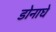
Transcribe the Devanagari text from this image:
डोनाघे